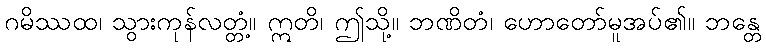
ဂမိဿထ၊ သွားကုန်လတ္တံ့။ ဣတိ၊ ဤသို့။ ဘဏိတံ၊ ဟောတော်မူအပ်၏။ ဘန္တေ